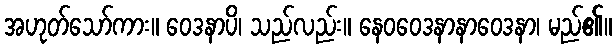
အဟုတ်သော်ကား။ ဝေဒနာပိ၊ သည်လည်း။ နေဝဝေဒနာနာဝေဒနာ၊ မည်၏။